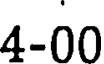
4-00